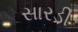
સારડી